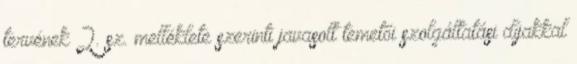
tervének 2. sz. melléklete szerinti javasolt temetői szolgáltatási díjakkal